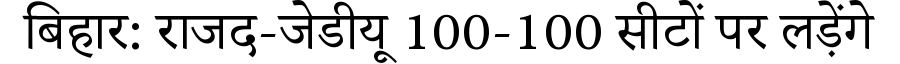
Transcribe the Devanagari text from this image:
बिहार: राजद-जेडीयू 100-100 सीटों पर लड़ेंगे